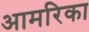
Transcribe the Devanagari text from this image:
आमरिका